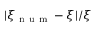
| \xi _ { \mathrm { ~ n ~ u ~ m ~ } } - \xi | / \xi